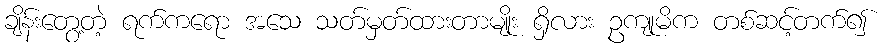
ချိန်းတွေ့တဲ့ ရက်ကရော အသေ သတ်မှတ်ထားတာမျိုး ရှိလား ဥကျုမိက တစ်ဆင့်တက်၍